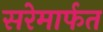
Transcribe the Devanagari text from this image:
सरेमार्फत